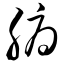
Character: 腑